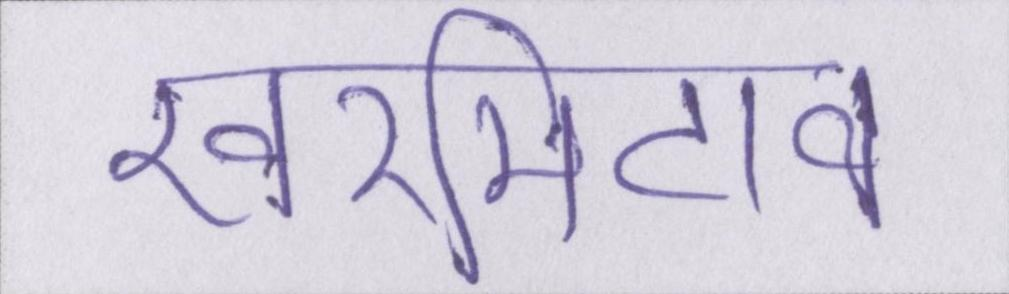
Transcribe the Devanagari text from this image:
खरमिटाव